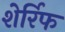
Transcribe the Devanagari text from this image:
शेर्रिफ